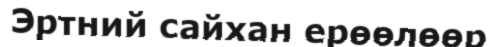
Эртний сайхан ерөөлөөр